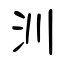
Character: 汌